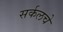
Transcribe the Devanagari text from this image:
सर्कलचे